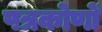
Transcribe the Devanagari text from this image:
पत्रकोणों